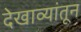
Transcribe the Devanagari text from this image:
देखाव्यांतून